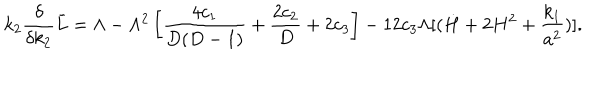
k _ { 2 } { \frac { \delta } { \delta k _ { 2 } } } \bar { L } = \Lambda - \Lambda ^ { 2 } \left[ { \frac { 4 c _ { 1 } } { D ( D - 1 ) } } + { \frac { 2 c _ { 2 } } { D } } + 2 c _ { 3 } \right] - 1 2 c _ { 3 } \Lambda [ ( \dot { H } + 2 H ^ { 2 } + { \frac { k _ { 1 } } { a ^ { 2 } } } ) ] .